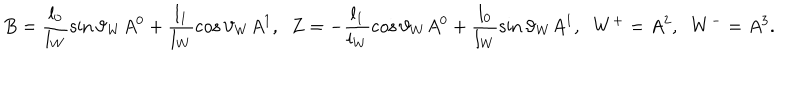
B = \frac { l _ { 0 } } { l _ { W } } \sin \vartheta _ { W } A ^ { 0 } + \frac { l _ { 1 } } { l _ { W } } \cos \vartheta _ { W } A ^ { 1 } , \; \; Z = - \frac { l _ { 1 } } { l _ { W } } \cos \vartheta _ { W } A ^ { 0 } + \frac { l _ { 0 } } { l _ { W } } \sin \vartheta _ { W } A ^ { 1 } , \; \; W ^ { + } = A ^ { 2 } , \; \; W ^ { - } = A ^ { 3 } .